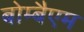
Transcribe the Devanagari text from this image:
बोम्बैएम